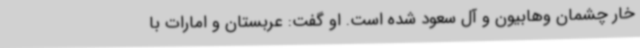
خار چشمان وهابیون و آل سعود شده است. او گفت: عربستان و امارات با